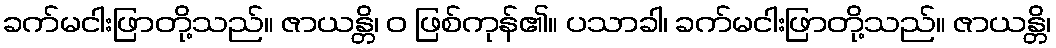
ခက်မငါးဖြာတို့သည်။ ဇာယန္တိ၊ ဝ ဖြစ်ကုန်၏။ ပသာခါ၊ ခက်မငါးဖြာတို့သည်။ ဇာယန္တိ၊